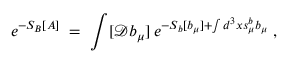
e ^ { - S _ { B } [ A ] } \; = \; \int [ { \mathcal D } b _ { \mu } ] \, e ^ { - S _ { b } [ b _ { \mu } ] + \int d ^ { 3 } x s _ { \mu } ^ { b } b _ { \mu } } \; ,